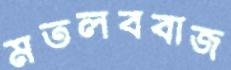
মতলববাজ